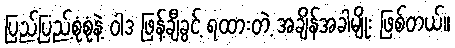
ပြည့်ပြည့်စုံစုံနဲ့ ဝါဒ ဖြန့်ချီခွင့် ရထားတဲ့ အချိန်အခါမျိုး ဖြစ်တယ်။